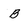
Character: B